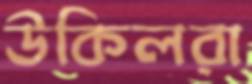
উকিলরা